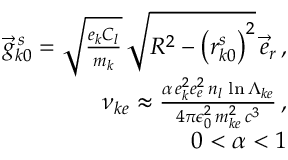
\begin{array} { r l r } & { } & { \vec { g } _ { k 0 } ^ { \, s } = \sqrt { \frac { e _ { k } C _ { l } } { m _ { k } } } \, \sqrt { R ^ { 2 } - \left( r _ { k 0 } ^ { s } \right) ^ { 2 } } \, \vec { e } _ { r } \, , } \\ & { } & { \nu _ { k e } \approx \frac { \alpha \, e _ { k } ^ { 2 } e _ { e } ^ { 2 } \, n _ { l } \, \ln \Lambda _ { k e } } { 4 \pi \epsilon _ { 0 } ^ { 2 } \, m _ { k e } ^ { 2 } \, c ^ { 3 } } \, , } \\ & { } & { 0 < \alpha < 1 } \end{array}